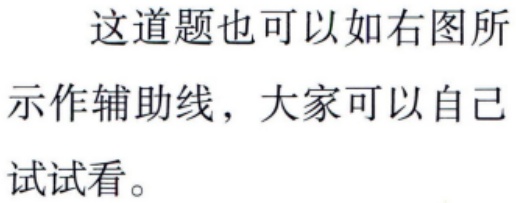
这道题也可以如右图所示作辅助线，大家可以自己试试看。